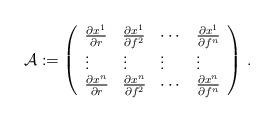
LaTeX: \begin{align*}\mathcal{A}:=\left(\begin{array}{llll}\frac{\partial x^1}{\partial r} & \frac{\partial x^1}{\partial f^2} & \cdots& \frac{\partial x^1}{\partial f^n} \\\vdots & \vdots & \vdots & \vdots \\\frac{\partial x^n}{\partial r} & \frac{\partial x^n}{\partial f^2} & \cdots& \frac{\partial x^n}{\partial f^n}\end{array}\right) \,.\end{align*}